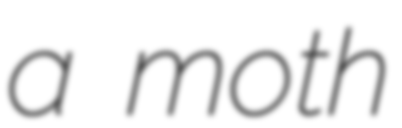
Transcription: a moth